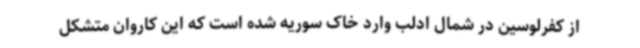
از کفرلوسین در شمال ادلب وارد خاک سوریه شده است که این کاروان متشکل